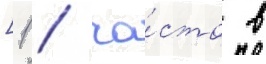
[1 / ча́сто в